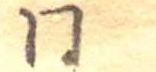
同